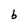
Character: b